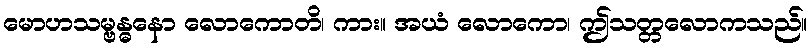
မောဟသမ္ဗန္ဓနော လောကောတိ၊ ကား။ အယံ လောကော၊ ဤသတ္တလောကသည်။